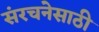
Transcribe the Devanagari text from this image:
संरचनेसाठी